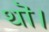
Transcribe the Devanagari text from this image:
थॊ।